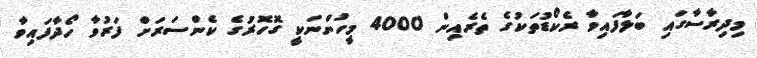
މިދިރާސާގައި ބަލާފައިވާ ރެކޯޑުތަކުގެ ތެރެއިން 4000 މީހުންނަކީ ގޮހޮރުގެ ކެންސަރަށް ފަރުވާ ހޯދާފައިވާ